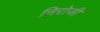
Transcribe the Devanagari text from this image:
निरोजी